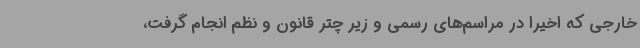
خارجی که اخیرا در مراسم‌های رسمی و زیر چتر قانون و نظم انجام گرفت،